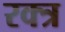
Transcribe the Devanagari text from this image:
रक्त्र